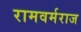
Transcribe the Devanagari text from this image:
रामवर्मराज